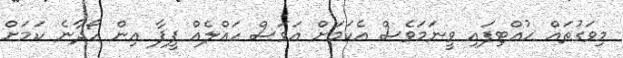
މިވަގުތައް ހުއްޓިފައި ވީނަމަވެސް އެކަމަށް އަވަސް ހައްލެއް ފީފާ އިން ހޯދާނެ ކަމަށް